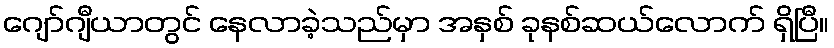
ဂျော်ဂျီယာတွင် နေလာခဲ့သည်မှာ အနှစ် ခုနစ်ဆယ်လောက် ရှိပြီ။